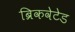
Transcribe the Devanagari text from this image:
ब्रिकवेटेड